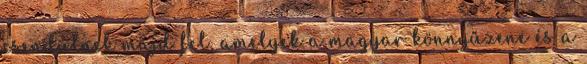
csendülnek majd fel, amelyek a magyar könnyűzene és a